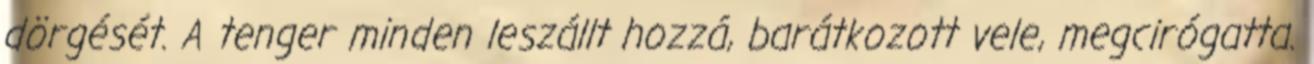
dörgését. A tenger minden leszállt hozzá, barátkozott vele, megcirógatta.